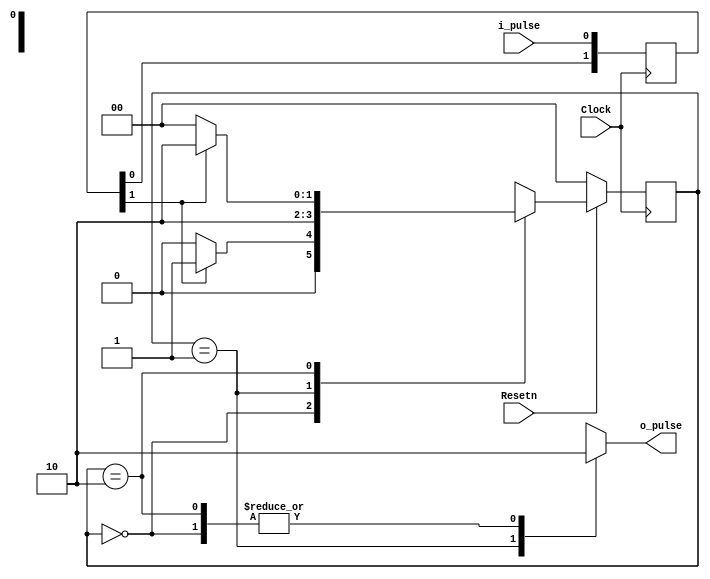
module pulse_FSM (Clock, Resetn, i_pulse, o_pulse);
	input Clock, Resetn, i_pulse;
	output reg o_pulse;
	reg [1:0] y_Q, Y_D;	// present and next state variable
	reg [1:0] pulse_reg;
	parameter S0 = 0, S1 = 1, S2 = 2;

	always @(y_Q, pulse_reg)
	begin: state_table
		case (y_Q)
			S0:		if (pulse_reg[1]) 
							Y_D = S1;
						else
							Y_D = S0;		// wait for incoming pulse to start
			S1:		Y_D = S2;			// one clock cycle delay to produce output pulse
			S2:		if (pulse_reg[1])
					  		Y_D = S2;		// wait for incoming pulse to end
						else 
							Y_D = S0;
			default:	Y_D = 2'bxx;
		endcase
	end // state_table

	always @(y_Q)
	begin: state_outputs
		case (y_Q)
			S0:		o_pulse = 1'b0;
			S1:		o_pulse = 1'b1;	// one-clock-cycle output pulse
			S2:		o_pulse = 1'b0;
			default: o_pulse = 1'bx;
		endcase
	end // f_state_outputs

	always @(posedge Clock)
	begin
		pulse_reg[1] <= pulse_reg[0];
		pulse_reg[0] <= i_pulse;
		if (Resetn == 1'b0)	// synchronous clear
			y_Q <= S0;
		else
			y_Q <= Y_D;
	end
endmodule